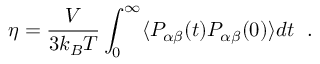
\eta = \frac { V } { 3 k _ { B } T } \int _ { 0 } ^ { \infty } \langle P _ { \alpha \beta } ( t ) P _ { \alpha \beta } ( 0 ) \rangle d t \ \; .